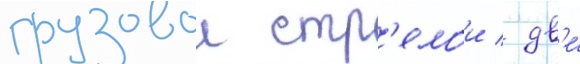
грузовои стр'елои / дв'е́